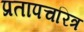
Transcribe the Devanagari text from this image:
प्रतापचरित्र